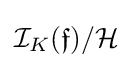
{\mathcal {I}}_{K}({\mathfrak {f}})/{\mathcal {H}}